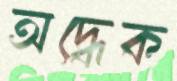
অদ্ধেক